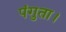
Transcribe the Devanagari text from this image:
पंगुता।